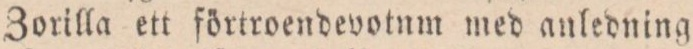
Zorilla ett förtroendevotnm med anledning